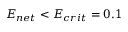
E _ { n e t } < E _ { c r i t } = 0 . 1